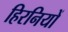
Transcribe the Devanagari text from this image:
हिरनियों